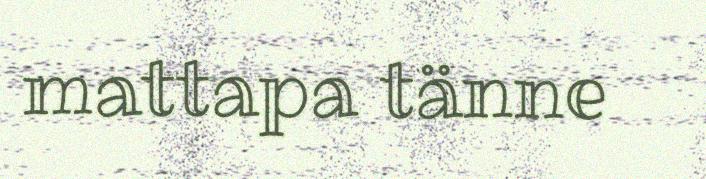
mattapa tänne